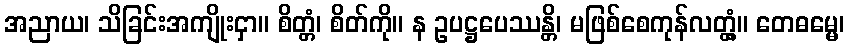
အညာယ၊ သိခြင်းအကျိုးငှာ။ စိတ္တံ၊ စိတ်ကို။ န ဥပဋ္ဌပေဿန္တိ၊ မဖြစ်စေကုန်လတ္တံ့။ တေဓမ္မေ၊